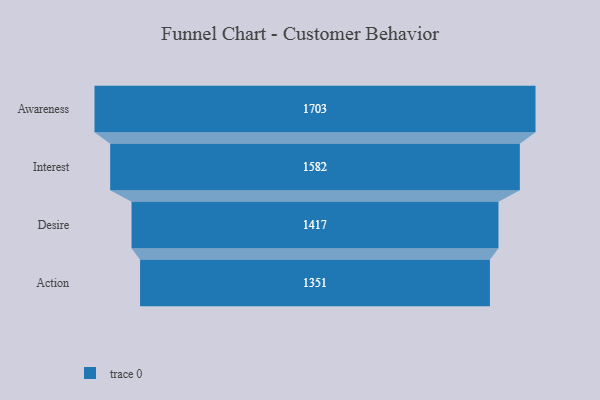
{"axis": {"x": "Stage", "y": "Value"}, "legend": [""], "data": [{"x": "Awareness", "y": 1703.0, "type": ""}, {"x": "Interest", "y": 1582.0, "type": ""}, {"x": "Desire", "y": 1417.0, "type": ""}, {"x": "Action", "y": 1351.0, "type": ""}]}